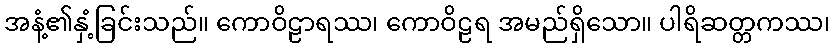
အနံ့၏နှံ့ခြင်းသည်။ ကောဝိဠာရဿ၊ ကောဝိဠရ အမည်ရှိသော။ ပါရိဆတ္တကဿ၊